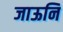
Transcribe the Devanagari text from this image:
जाऊनि